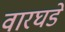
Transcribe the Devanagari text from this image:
वारघडे